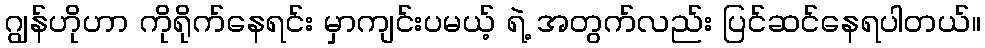
ဂျွန်ဟိုဟာ ကိုရိုက်နေရင်း မှာကျင်းပမယ့် ရဲ့ အတွက်လည်း ပြင်ဆင်နေရပါတယ်။